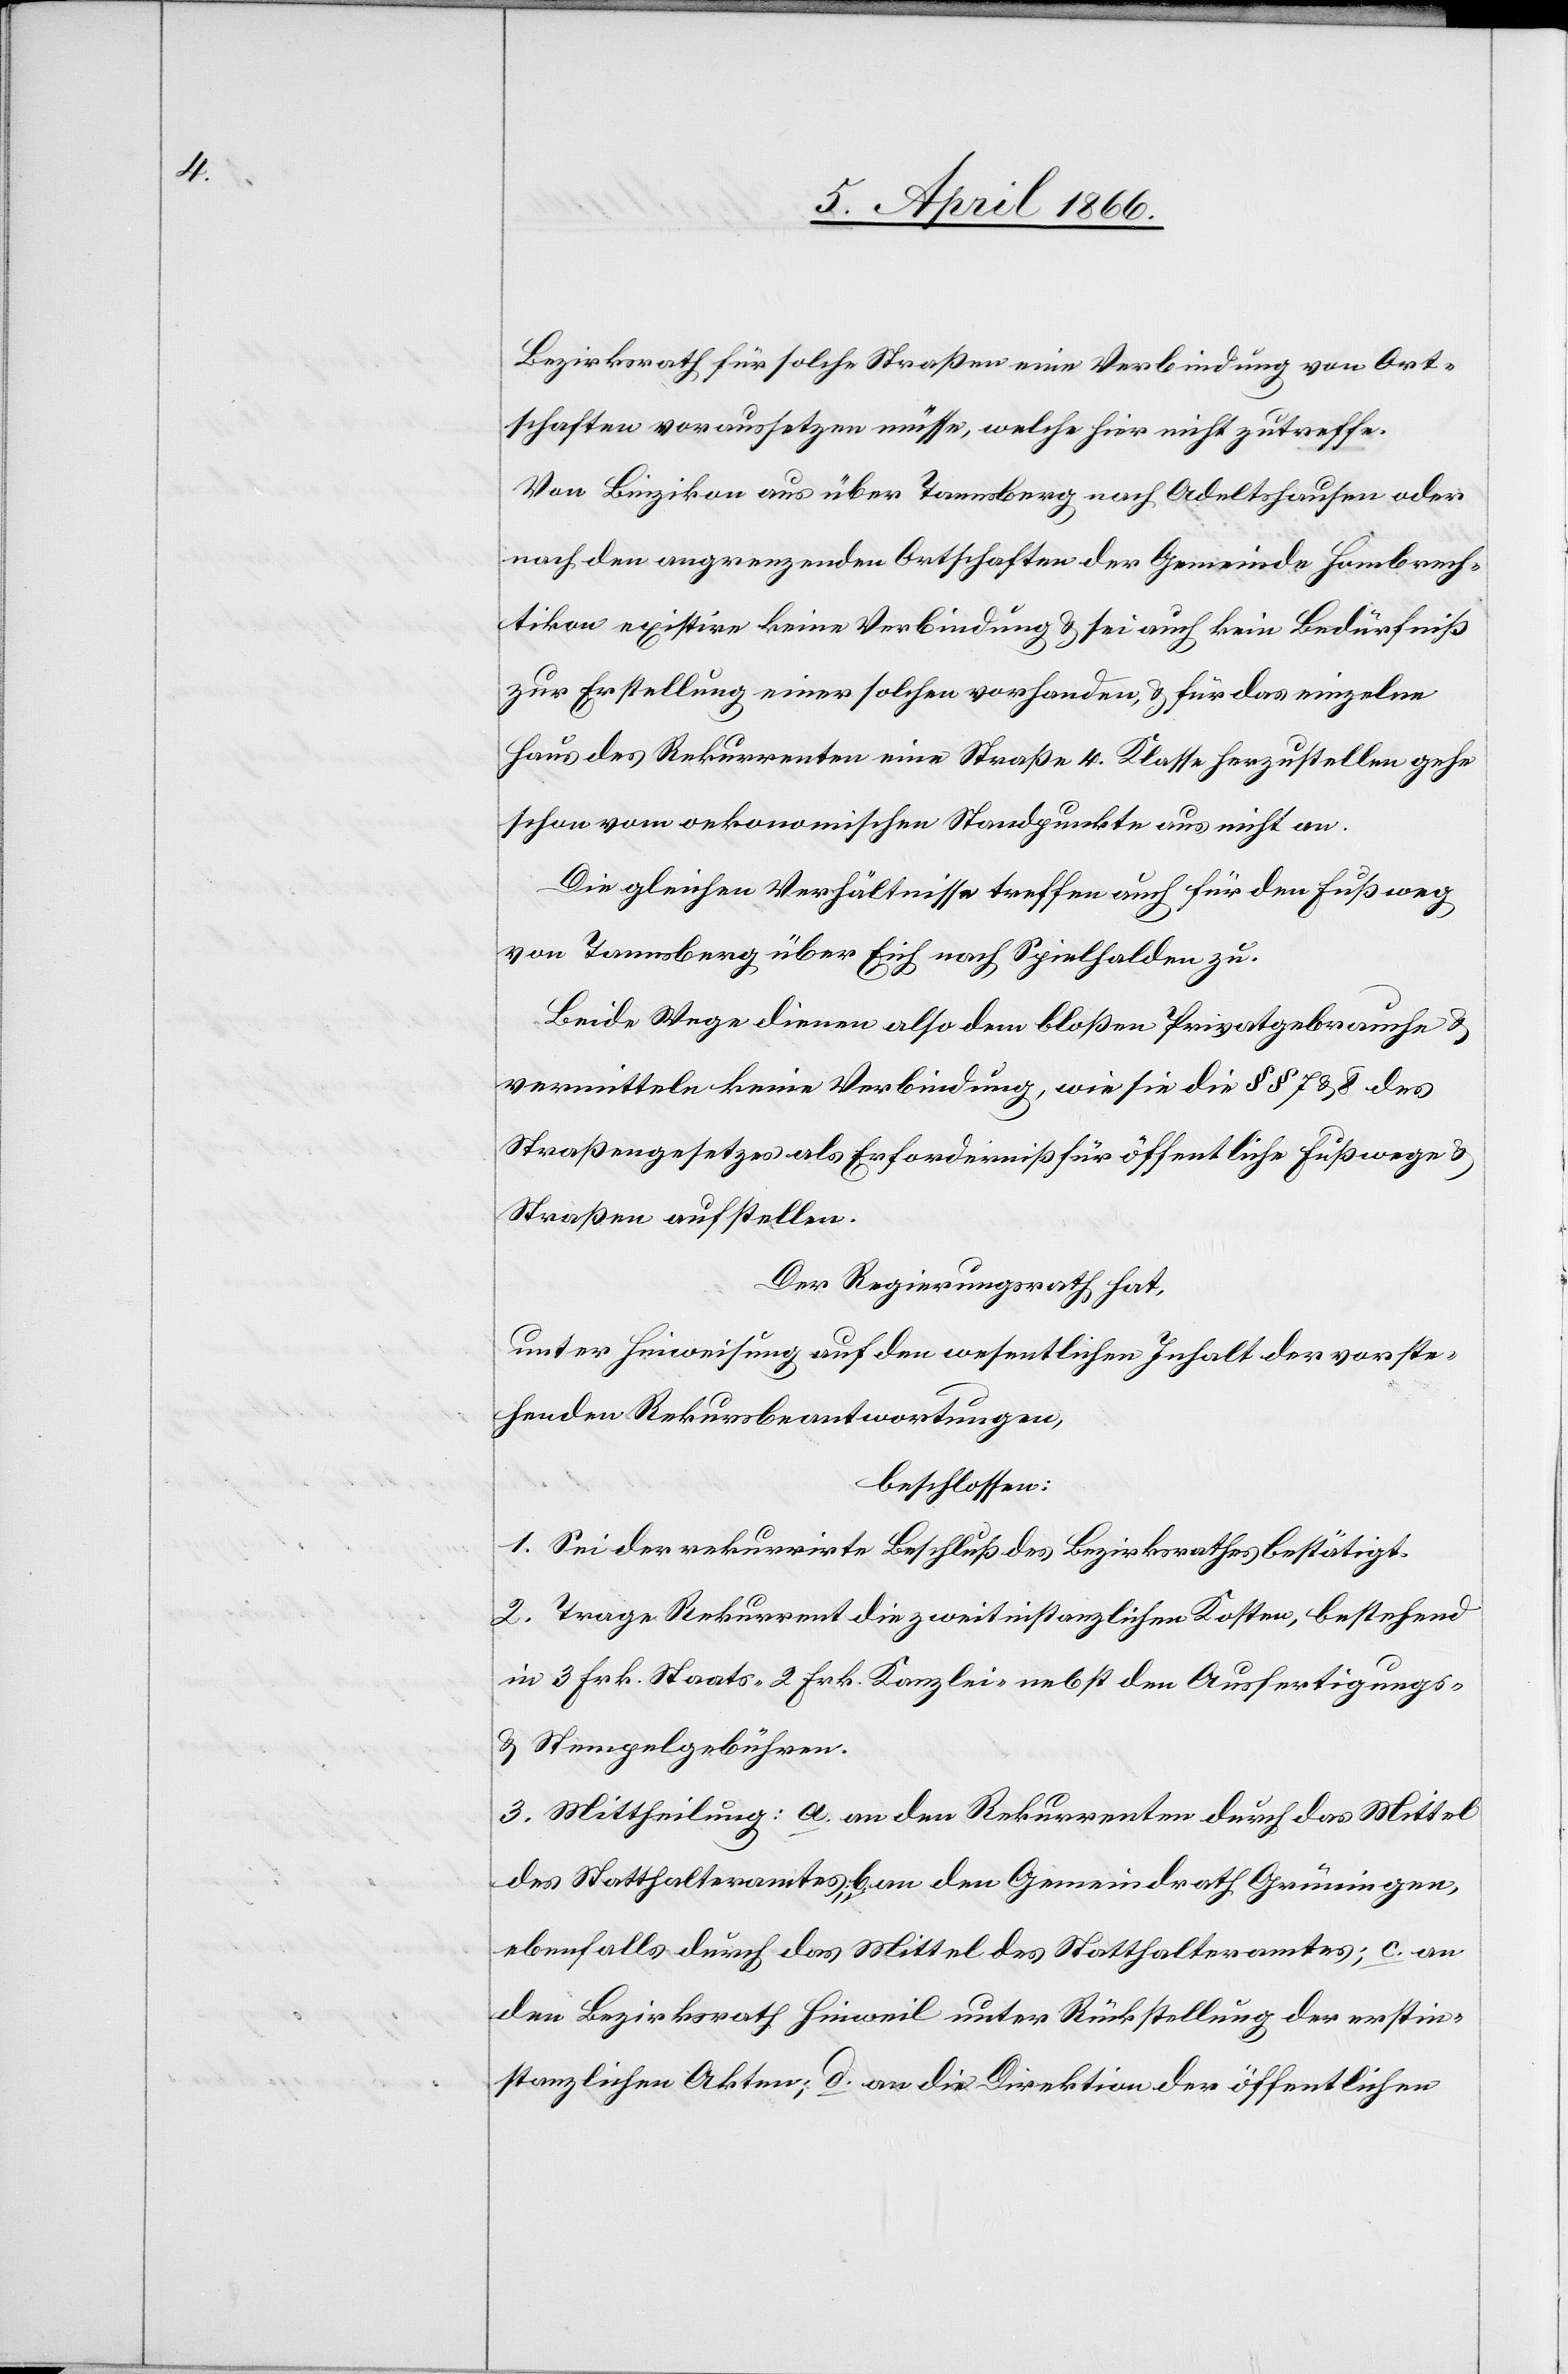
Bezirksrath für solche Straßen eine Verbindung von Ort¬
schaften voraussetzen müsse, welche hier nicht zutreffe.
Von Binzikon aus über Tannsberg nach Adeltshausen oder
nach den angrenzenden Ortschaften der Gemeinde Hombrech¬
tikon existire keine Verbindung u. sei auch kein Bedürfniß
zur Erstellung einer solchen vorhanden, u. für das einzelne
Haus des Rekurrenten eine Straße 4. Klasse herzustellen gehe
schon vom oekonomischen Standpunkte aus nicht an.
Die gleichen Verhältnisse treffen auch für den Fußweg
von Tannsberg über Eich nach Spielhalden zu.
Beide Wege dienen also dem bloßen Privatgebrauche u.
vermitteln keine Verbindung, wie sie die § § 7 u. 8 des
Straßengesetzes als Erforderniß für öffentliche Fußwege u.
Straßen aufstellen.
Der Regierungsrath hat,
unter Hinweisung auf den wesentlichen Inhalt der vorste¬
henden Rekursbeantwortungen,
beschlossen:
1. Sei der rekurrirte Beschluß des Bezirksrathes bestätigt.
2. Trage Rekurrent die zweitinstanzlichen Kosten, bestehend
in 3 Frk. Staats-[,] 2 Frk. Kanzlei-[,] nebst den Ausfertigungs-
u. Stempelgebühren.
3. Mittheilung: a. an den Rekurrenten durch das Mittel
des Statthalteramtes; b. an den Gemeindrath Grüningen,
ebenfalls durch das Mittel des Statthalteramtes; c. an
den Bezirksrath Hinweil unter Rückstellung der erstin¬
stanzlichen Akten; d. an die Direktion der öffentlichen